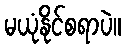
မယုံနိုင်စရာပဲ။